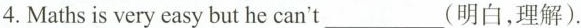
4. Maths is very easy but he can't ___ (明白,理解).